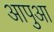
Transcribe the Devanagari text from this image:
आपुआ